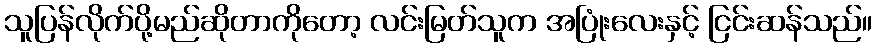
သူပြန်လိုက်ပို့မည်ဆိုတာကိုတော့ လင်းမြတ်သူက အပြုံးလေးနှင့် ငြင်းဆန်သည်။